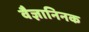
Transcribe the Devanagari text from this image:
वैज्ञानिनक